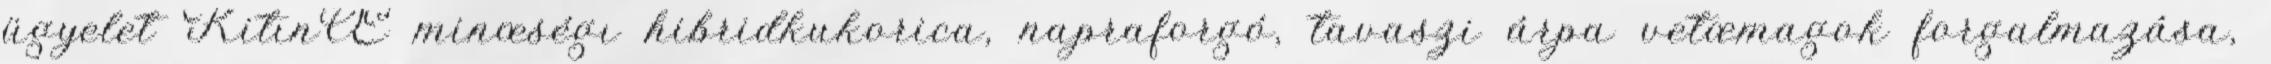
ügyelet KitınŒ minœségı hibridkukorica, napraforgó, tavaszi árpa vetœmagok forgalmazása,